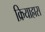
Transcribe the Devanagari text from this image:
क्रियाह्रास